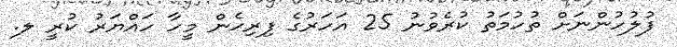
ފުލުހުންނަށް ތުހުމަތު ކުރެވުނު 25 އަހަރުގެ ފިރިހެން މީހާ ހައްޔަރު ކުރީ ލ.